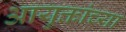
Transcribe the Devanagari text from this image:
आयुक्तांच्या